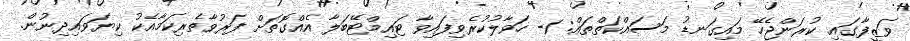
ވަޒީފާގައި ކުރަންޖެހޭ މައިގަނޑު މަސައްކަތްތައް: 1- ހަވާލުކުރެވިފައިވާ ޓައިމްޓޭބަލާ އެއްގޮތަށް ފަރުވާތެރިކަމާއެކު ކިޔަވައިދިނުން.